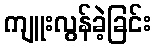
ကျူးလွန်ခဲ့ခြင်း